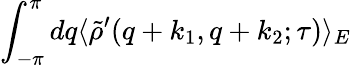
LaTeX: \int_{-\pi}^{\pi}dq\langle\tilde{\rho}^{\prime}(q+k_{1},q+k_{2};\tau)\rangle_{E}